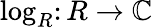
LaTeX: \log_{R}\colon R\to\mathbb{C}